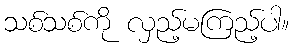
သစ်သစ်ကို လှည့်မကြည့်ပါ။